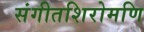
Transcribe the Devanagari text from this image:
संगीतशिरोमणि